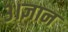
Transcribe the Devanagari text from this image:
३।ज्ञान